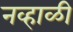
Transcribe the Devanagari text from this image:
नव्हाळी